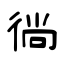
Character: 徜